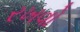
રખવો